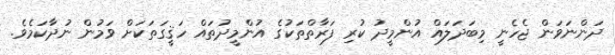
ދަންނަވަން ޖެހެނީ މިބަދަލައް އުންމީދު ކުރި ފަރާތްތަކުގެ އުންމީދުތައް ހަޤީގަތަކަށް ވަމުން ނުދާކަމެވެ.